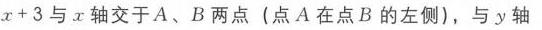
\(x + 3\)与\(x\)轴交于\(A、B\)两点（点\(A\)在点\(B\)的左侧），与\(y\)轴